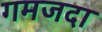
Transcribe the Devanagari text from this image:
गमजदा